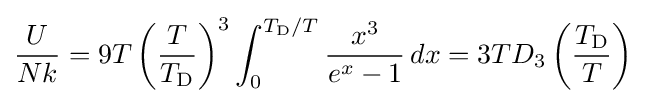
{\frac {U}{Nk}}=9T\left({T \over T_{\rm {D}}}\right)^{3}\int _{0}^{T_{\rm {D}}/T}{x^{3} \over e^{x}-1}\,dx=3TD_{3}\left({T_{\rm {D}} \over T}\right)